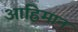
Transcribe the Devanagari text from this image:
आह्रिमान